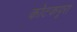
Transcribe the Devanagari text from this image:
कोटकपूरा